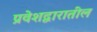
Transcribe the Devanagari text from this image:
प्रवेशद्वारातील